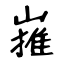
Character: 嶊